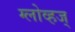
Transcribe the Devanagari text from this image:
ग्लोव्हज्